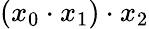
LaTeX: (x_{0}\cdot x_{1})\cdot x_{2}